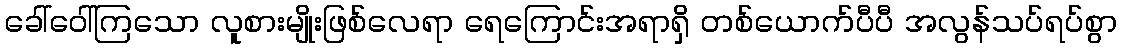
ခေါ်ဝေါ်ကြသော လူစားမျိုးဖြစ်လေရာ ရေကြောင်းအရာရှိ တစ်ယောက်ပီပီ အလွန်သပ်ရပ်စွာ